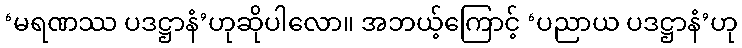
‘မရဏဿ ပဒဋ္ဌာနံ’ဟုဆိုပါလော။ အဘယ့်ကြောင့် ‘ပညာယ ပဒဋ္ဌာနံ’ဟု